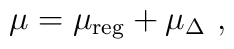
\mu = \mu_{\rm reg} + \mu_\Delta \ ,